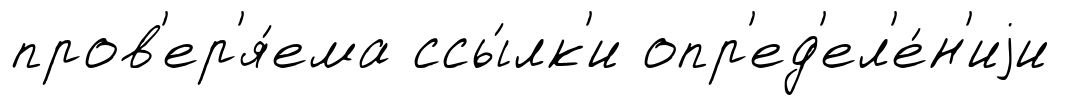
пров'ер'я́ема ссы́лк'и опр'ед'ел'е́н'иjи